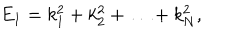
LaTeX: E _ { 1 } = k _ { 1 } ^ { 2 } + k _ { 2 } ^ { 2 } + \ldots + k _ { N } ^ { 2 } ,